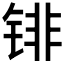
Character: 𰾐